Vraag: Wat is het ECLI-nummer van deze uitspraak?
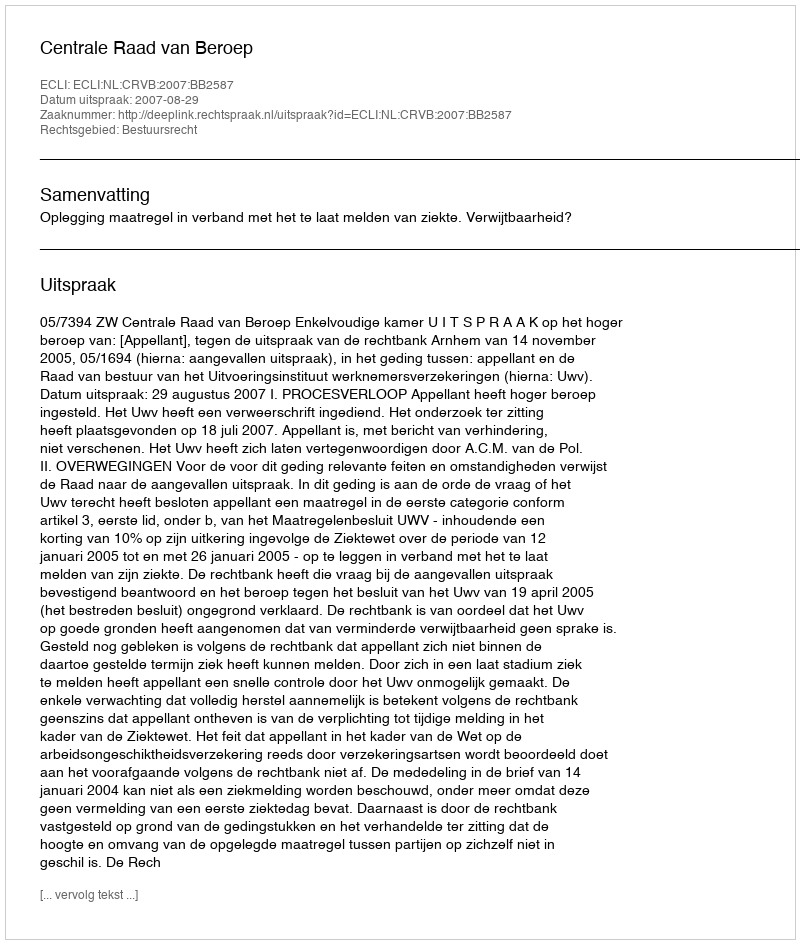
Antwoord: ECLI:NL:CRVB:2007:BB2587